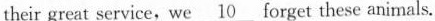
their great service,we